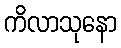
ကိလာသုနော